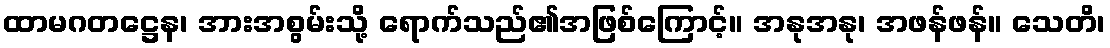
ထာမဂတဋ္ဌေန၊ အားအစွမ်းသို့ ရောက်သည်၏အဖြစ်ကြောင့်။ အနုအနု၊ အဖန်ဖန်။ သေတိ၊